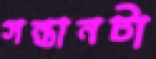
সন্তানটা